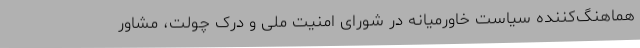
هماهنگ‌کننده سیاست خاورمیانه در شورای امنیت ملی و درک چولت، مشاور